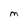
Character: M